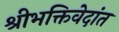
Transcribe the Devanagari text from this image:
श्रीभक्तिवेदांत